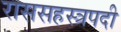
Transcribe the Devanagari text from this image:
राससहस्त्रपदी